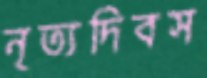
নৃত্যদিবস